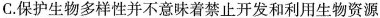
C.保护生物多样性并不意味着禁止开发和利用生物资源